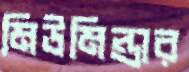
মিউমিল্ডার